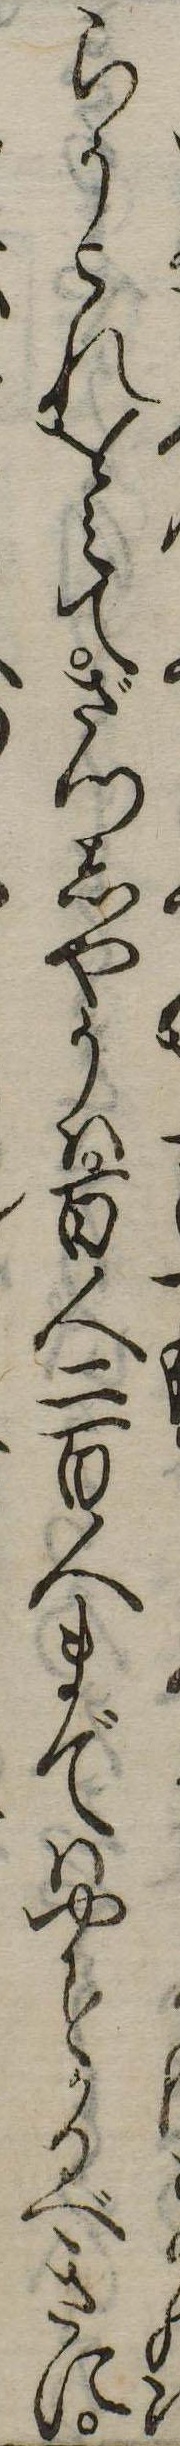
らうこれをみてざつしやうは百人二百人まではゆするべきに